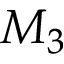
M _ { 3 }